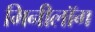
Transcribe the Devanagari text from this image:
मिनीलॉग